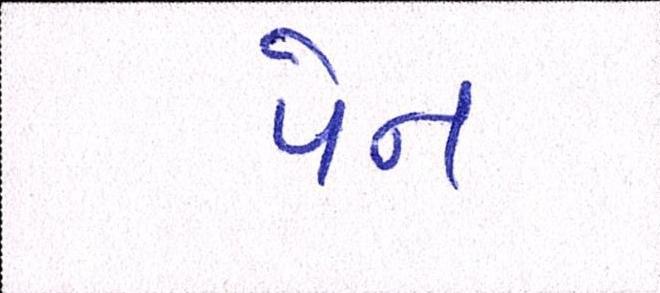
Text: પેન